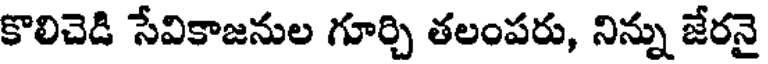
కొలిచెడి సేవికాజనుల గూర్చి తలంపరు, నిన్ను జేరనై